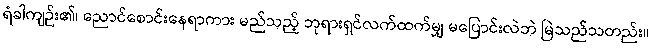
ရံခါကျဉ်း၏၊ ညောင်စောင်းနေရာကား မည်သည့် ဘုရားရှင်လက်ထက်မျှ မပြောင်းလဲဘဲ မြဲသည်သတည်း။